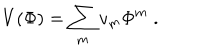
V ( \Phi ) = \sum _ { m } v _ { m } \Phi ^ { m } \; .